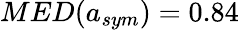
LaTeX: MED(a_{sym})=0.84